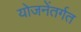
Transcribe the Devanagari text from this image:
योजनेंतर्गत